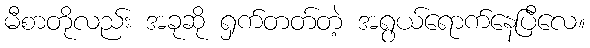
မီစာတိုလည်း အခုဆို ရှက်တတ်တဲ့ အရွယ်ရောက်နေပြီလေ။